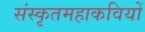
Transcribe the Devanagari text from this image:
संस्कृतमहाकवियों